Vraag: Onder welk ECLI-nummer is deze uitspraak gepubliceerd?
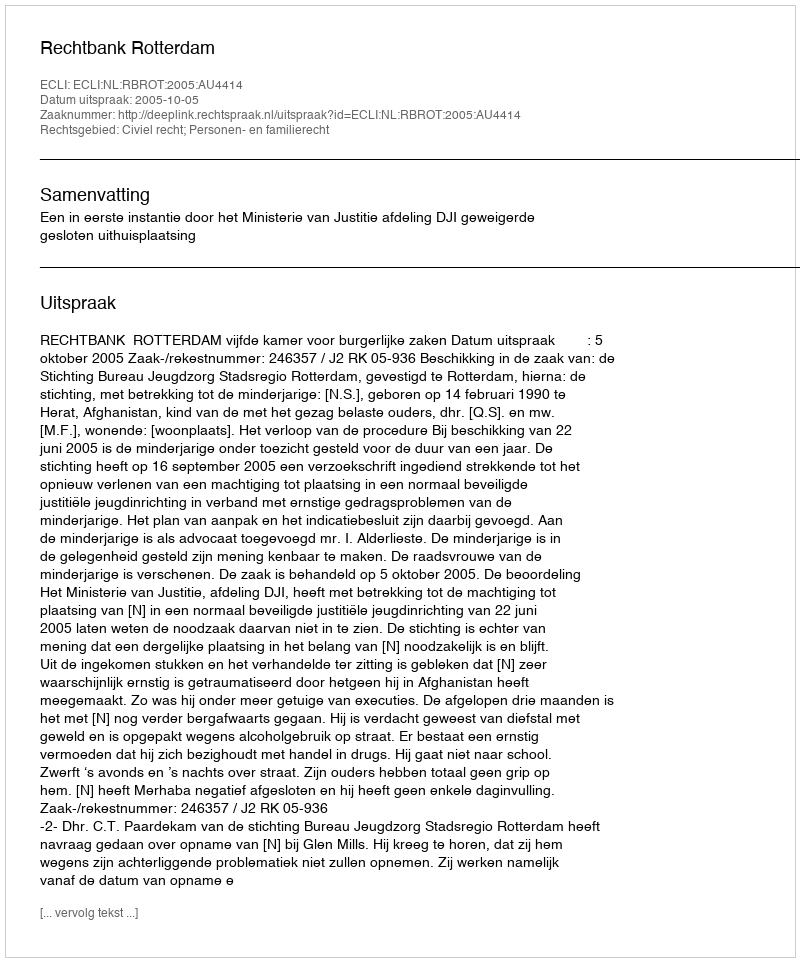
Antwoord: ECLI:NL:RBROT:2005:AU4414